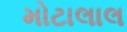
મોટાલાલ